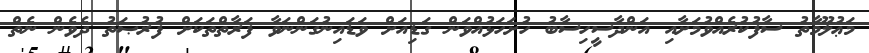
މަޢުލޫމާތު ސާފުކުރެއްވުމަށާއި އަންދާސީހިސާބު ހުށަހަޅުއްވަން ގަޑިއަށް ވަޑައިނުގަންނަވާ ފަރާތްތަކަށް ފުރުޞަތު ދެވެން ނެތް